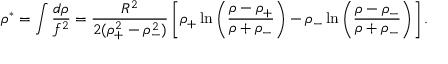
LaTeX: \rho ^ { * } = \int { \frac { d \rho } { f ^ { 2 } } } = { \frac { R ^ { 2 } } { 2 ( \rho _ { + } ^ { 2 } - \rho _ { - } ^ { 2 } ) } } \left[ \rho _ { + } \ln \left( { \frac { \rho - \rho _ { + } } { \rho + \rho _ { - } } } \right) - \rho _ { - } \ln \left( { \frac { \rho - \rho _ { - } } { \rho + \rho _ { - } } } \right) \right] .